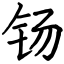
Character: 钖